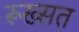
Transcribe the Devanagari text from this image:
रूख्सत